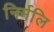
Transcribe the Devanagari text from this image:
निर्मलि